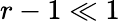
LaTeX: r-1\ll 1